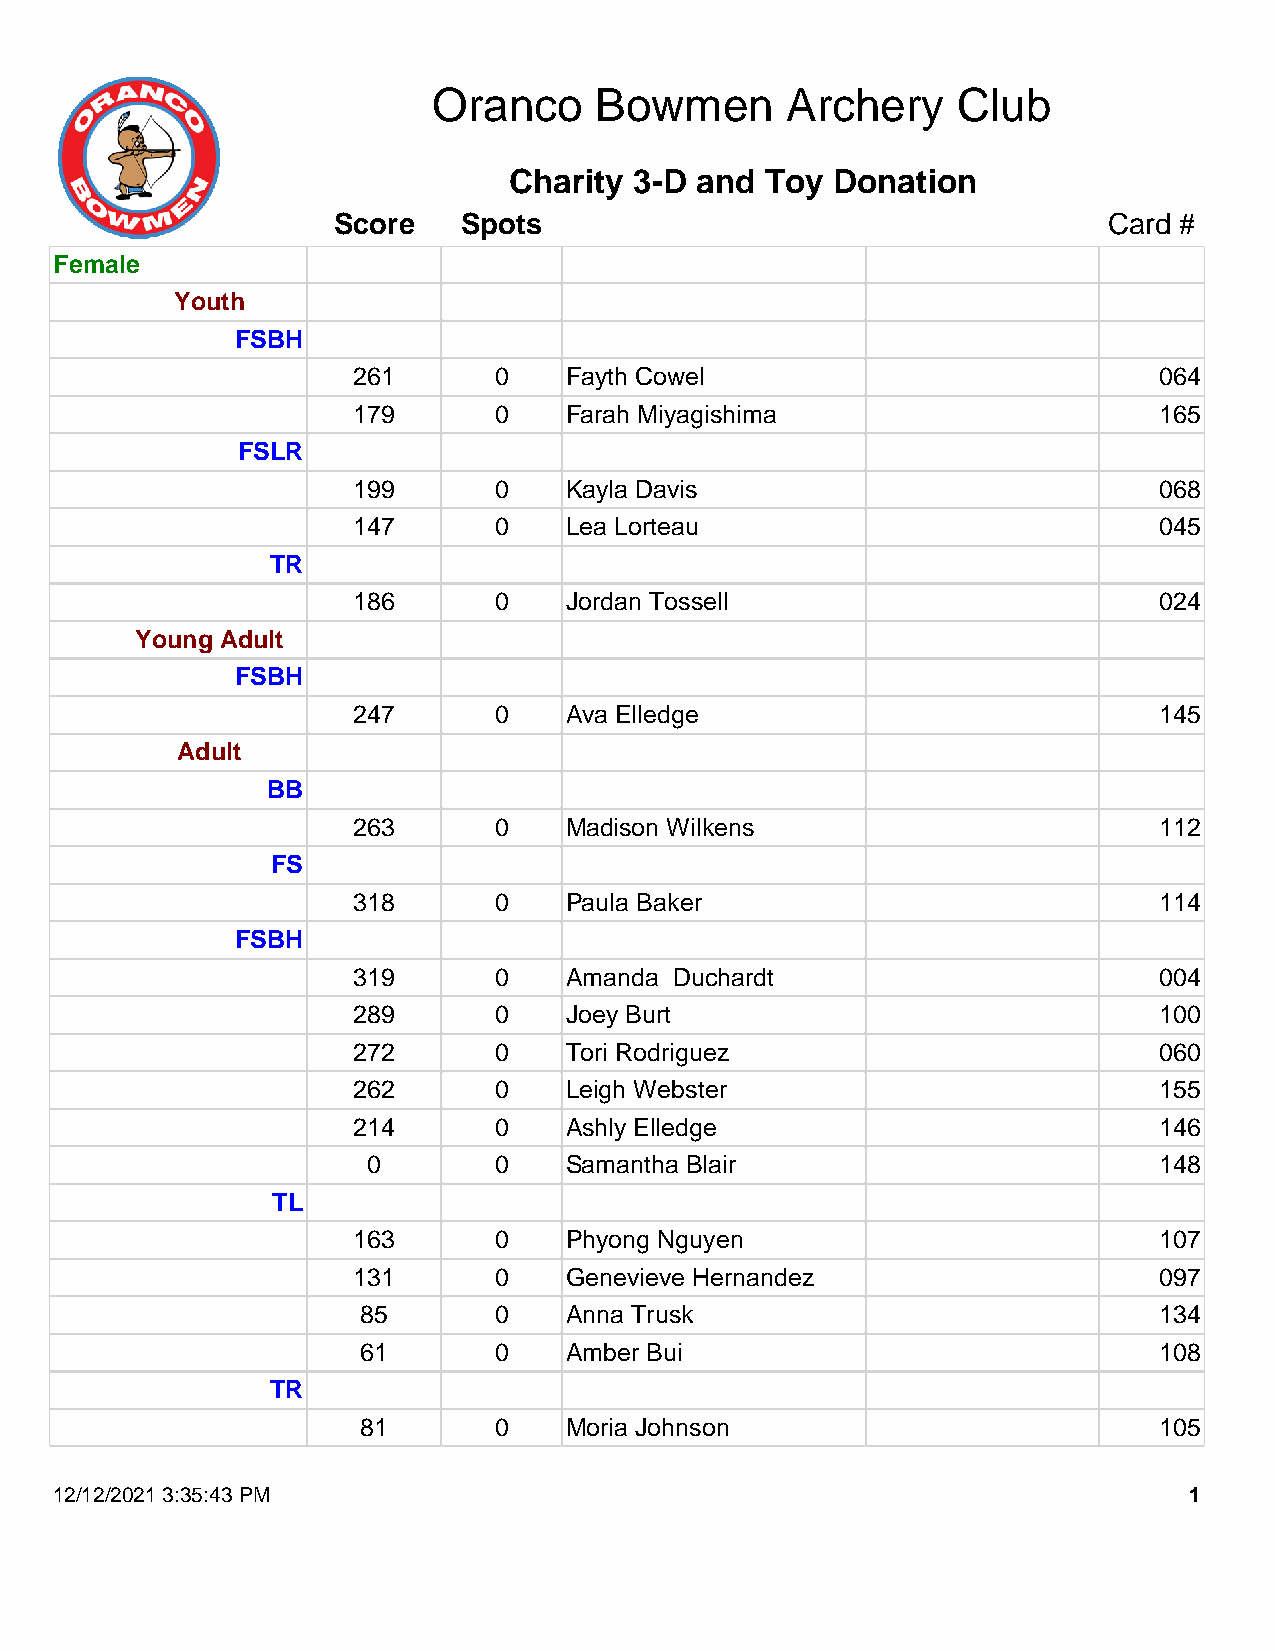
Oranco    Bowmen       Archery    Club
 Charity 3-D and  Toy Donation
 Score    Spots                                     Card #
 Female
 Youth
 FSBH
 261       0   Fayth Cowel                             064
 179       0   Farah Miyagishima                       165
 FSLR
 199       0   Kayla Davis                             068
 147       0   Lea Lorteau                             045
 TR
 186       0   Jordan Tossell                          024
 Young Adult
 FSBH
 247       0   Ava Elledge                             145
 Adult
 BB
 263       0   Madison Wilkens                         112
 FS
 318       0   Paula Baker                             114
 FSBH
 319       0   Amanda  Duchardt                        004
 289       0   Joey Burt                               100
 272       0   Tori Rodriguez                          060
 262       0   Leigh Webster                           155
 214       0   Ashly Elledge                           146
 0        0   Samantha Blair                          148
 TL
 163       0   Phyong Nguyen                           107
 131       0   Genevieve Hernandez                     097
 85       0   Anna Trusk                              134
 61       0   Amber Bui                               108
 TR
 81       0   Moria Johnson                           105
 12/12/2021 3:35:43 PM                                                      1